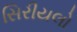
સિરીયલો